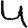
Digit: 4